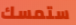
ستمسك